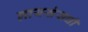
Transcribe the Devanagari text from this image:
लायसंसची